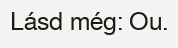
Lásd még: Ou.